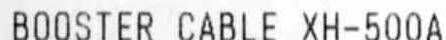
BOOSTER CABLE XH-500A